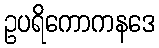
ဥပရိကောကနဒေ